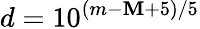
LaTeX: d=10^{(m-\mathbf{M}+5)/5}